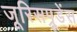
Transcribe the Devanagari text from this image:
जूरिसप्रूडेंस